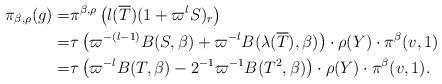
LaTeX: \begin{align*} \pi_{\beta,\rho}(g) =&\pi^{\beta,\rho}\left(l(\overline T)(1+\varpi^lS)_r\right)\\ =&\tau\left(\varpi^{-(l-1)}B(S,\beta) +\varpi^{-l}B(\lambda(\overline T),\beta)\right)\cdot \rho(Y)\cdot\pi^{\beta}(v,1)\\ =&\tau\left(\varpi^{-l}B(T,\beta)-2^{-1}\varpi^{-1}B(T^2,\beta) \right)\cdot\rho(Y)\cdot\pi^{\beta}(v,1).\end{align*}